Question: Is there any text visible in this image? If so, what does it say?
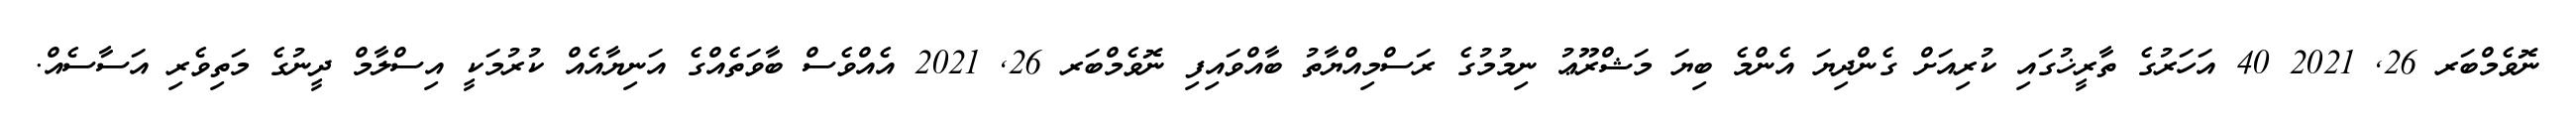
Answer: ނޮވެމްބަރ 26, 2021 40 އަހަރުގެ ތާރީޚުގައި ކުރިއަށް ގެންދިޔަ އެންމެ ބިޔަ މަޝްރޫޢު ނިމުމުގެ ރަސްމިއްޔާތު ބާއްވައިފި ނޮވެމްބަރ 26, 2021 އެއްވެސް ބާވަތެއްގެ އަނިޔާއެއް ކުރުމަކީ އިސްލާމް ދީނުގެ މަތިވެރި އަސާސެއް.